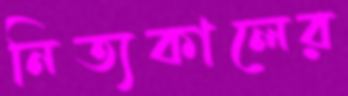
নিত্যকালের